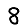
Digit: 8